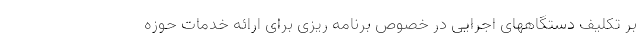
بر تکلیف دستگاههای اجرایی در خصوص برنامه ریزی برای ارائه خدمات حوزه